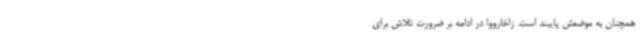
همچنان به موضعش پایبند است. زاخارووا در ادامه بر ضرورت تلاش برای